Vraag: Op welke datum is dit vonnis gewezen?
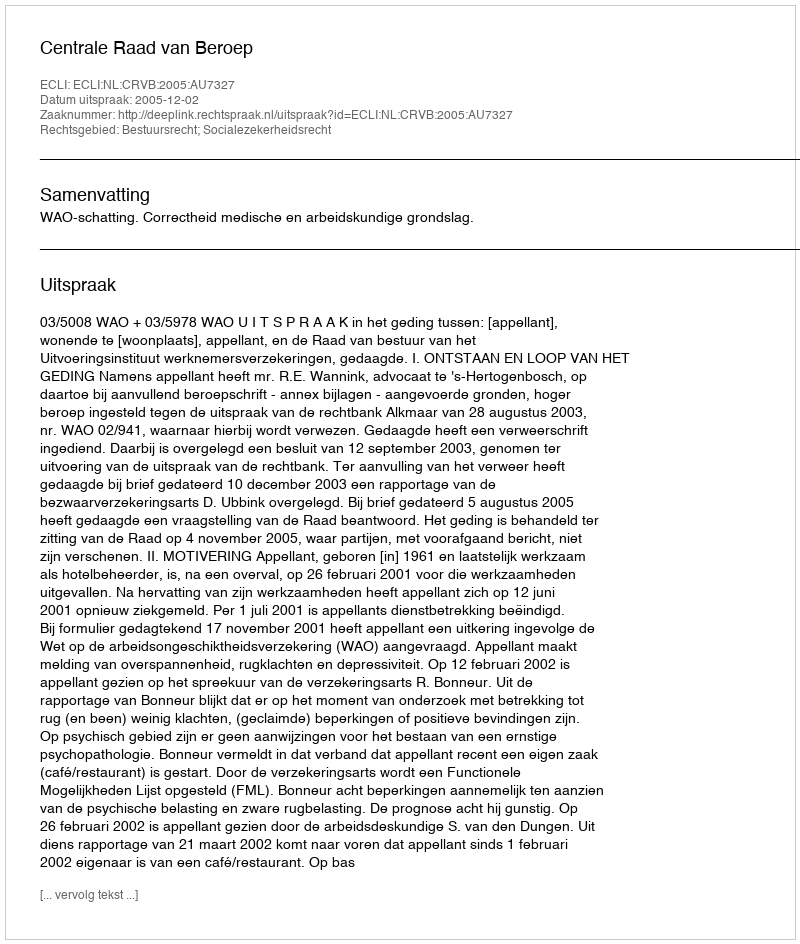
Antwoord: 2005-12-02